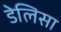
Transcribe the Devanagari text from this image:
डेलिसा